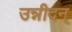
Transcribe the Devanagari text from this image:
उन्नीदन्